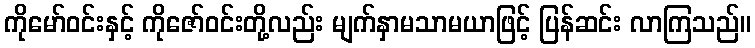
ကိုမော်ဝင်းနှင့် ကိုဇော်ဝင်းတို့လည်း မျက်နှာမသာမယာဖြင့် ပြန်ဆင်း လာကြသည်။